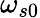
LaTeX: \omega_{s0}